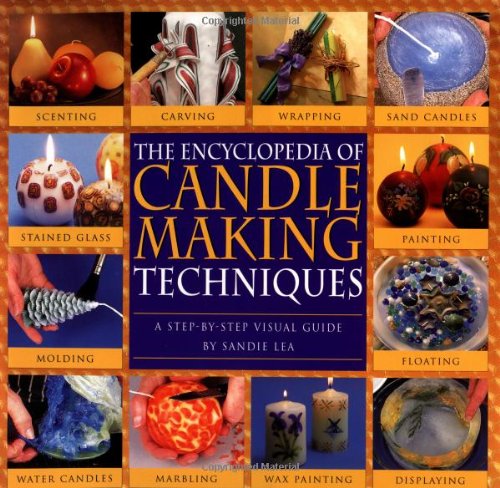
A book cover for The Encyclopedia of Candlemaking Techniques: A Step-by-Step Visual Guide; Sandie Lea; Crafts, Hobbies & Home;